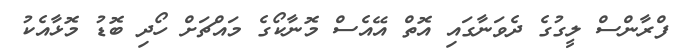
ފްރާންސް ލީގުގެ ދެވަނާގައި އޮތް އޭއެސް މޮނާކޯގެ މައްޗަށް ހޯދި ބޮޑު މޮޅާއެކު